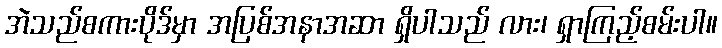
အဲသည်စကားပိုဒ်မှာ အပြစ်အနာအဆာ ရှိပါသည် လား၊ ရှာကြည့်စမ်းပါ။